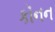
કૉનન